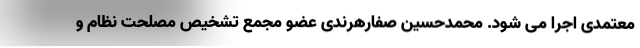
معتمدی اجرا می شود. محمدحسین صفارهرندی عضو مجمع تشخیص مصلحت نظام و